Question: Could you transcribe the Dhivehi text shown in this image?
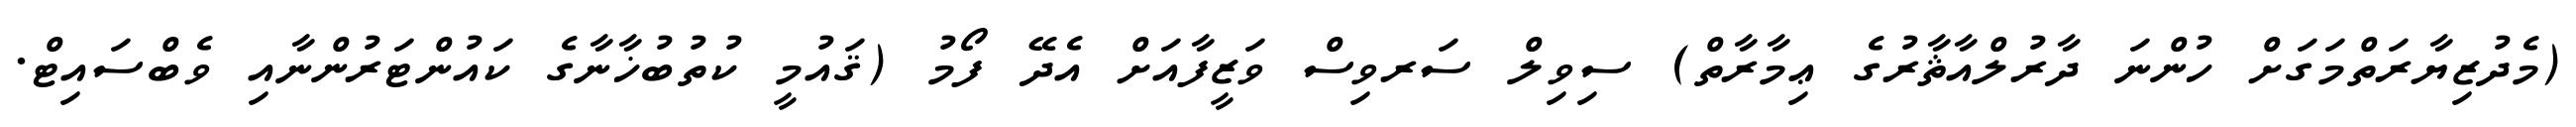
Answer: (މެދުޒިޔާރަތްމަގަށް ހުންނަ ދާރުލްއާޘާރުގެ ޢިމާރާތް) ސިވިލް ސަރވިސް ވަޒީފާއަށް އެދޭ ފޯމު (ޤައުމީ ކުތުބުޚާނާގެ ކައުންޓަރުންނާއި ވެބްސައިޓް.